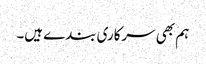
ہم بھی سرکاری بندے ہیں۔